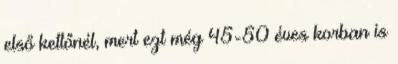
első kettőnél, mert ezt még 45-50 éves korban is